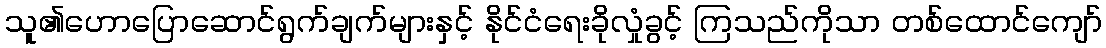
သူ၏ဟောပြောဆောင်ရွက်ချက်များနှင့် နိုင်ငံရေးခိုလှုံခွင့် ကြသည်ကိုသာ တစ်ထောင်ကျော်